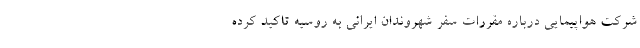
شرکت هواپیمایی درباره مقررات سفر شهروندان ایرانی به روسیه تاکید کرده